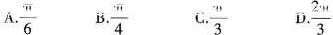
A. \frac{ \pi }{6} B.\frac{ \pi }{4} C.\frac{\pi}{3} D.\frac{2\pi}{3}